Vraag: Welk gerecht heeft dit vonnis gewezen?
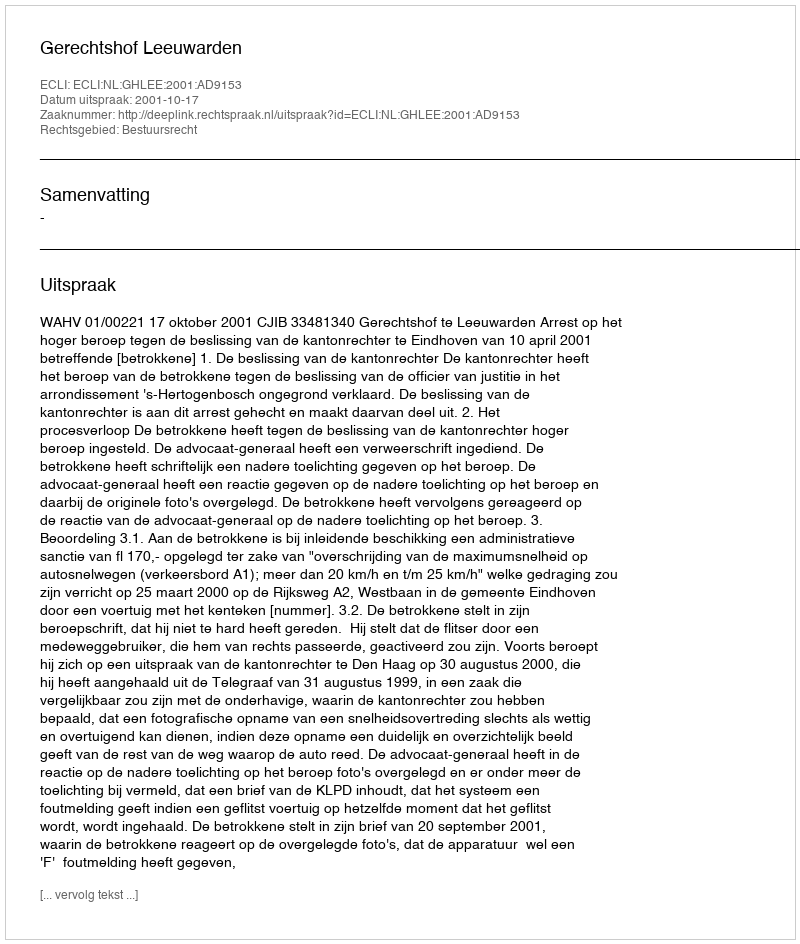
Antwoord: Gerechtshof Leeuwarden